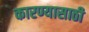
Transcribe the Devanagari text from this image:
कारण्यासाठी